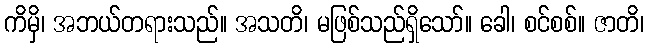
ကိမှိ၊ အဘယ်တရားသည်။ အသတိ၊ မဖြစ်သည်ရှိသော်။ ခေါ၊ စင်စစ်။ ဇာတိ၊